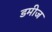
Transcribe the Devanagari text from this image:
डमीज